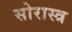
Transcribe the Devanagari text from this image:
सोरास्त्र